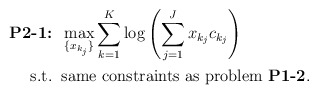
\begin{align*}\mbox{\textbf{P2-1:}} &\;\; \max_{\{x_{k_j}\}} \sum_{k=1}^K {\log\left(\sum_{j=1}^J x_{k_j}c_{k_j}\right)} \\\mbox{s.t.} &\;\; \mbox{same constraints as problem {\bf P1-2}}. \end{align*}